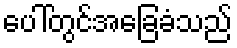
ပေါ်တွင်အခြေခံသည်